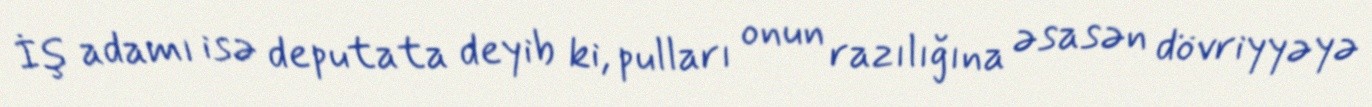
İş adamı isə deputata deyib ki, pulları onun razılığına əsasən dövriyyəyə